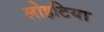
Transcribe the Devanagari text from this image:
लोहटिया